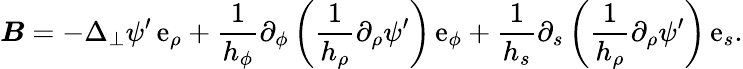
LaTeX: \boldsymbol{B}=-\Delta_{\perp}\psi^{\prime}\, \mathrm{e}_{\rho}+\frac{1}{h_{\phi}}\partial_{\phi}\left(\frac{1}{h_{\rho}}\partial_{\rho}\psi^{\prime}\right)\, \mathrm{e}_{\phi}+\frac{1}{h_{s}}\partial_{s}\left(\frac{1}{h_{\rho}}\partial_{\rho}\psi^{\prime}\right)\, \mathrm{e}_{s}.